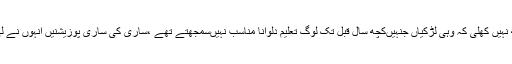
پچھلے چند ماہ میں بورڈ اور یونیورسٹی کے جو نتائج سامنے آئے ہیں وہ دیکھ کر بھی ان کی آنکھ نہیں کھلی کہ وہی لڑکیاں جنہیںکچھ سال قبل تک لوگ تعلیم دلوانا مناسب نہیںسمجھتے تھے ،ساری کی ساری پوزیشنیں انہوں نے لی ہیں،کیونکہ وہ رات رات بھرموبائل فون پر باتیں اور میسیج کرتے ہوئے وقت ضائع نہیں کرتیں۔